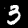
Label: 3